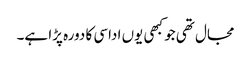
مجال تھی جو کبھی یوں اداسی کا دورہ پڑا ہے۔